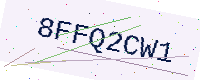
Text: 8FFQ2CW1